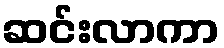
ဆင်းလာကာ